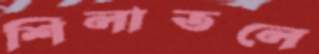
শিলাতলে